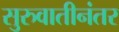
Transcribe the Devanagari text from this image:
सुरुवातीनंतर